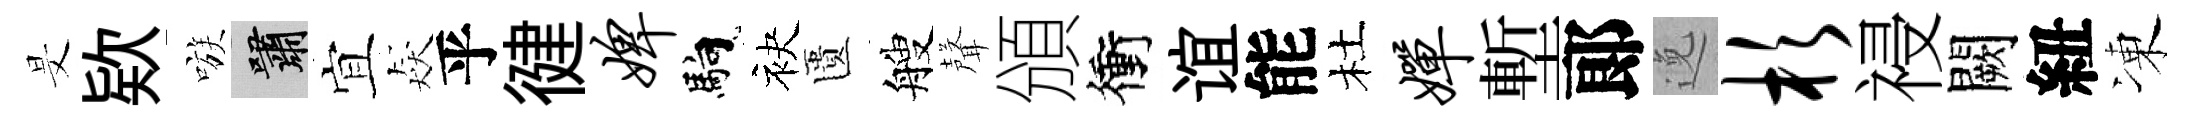
旻欵嗾嘯宜猋乎徤婢馿袂匱艘聲頒衝谊能杜婵塹郞𨓜杉祲闕紐凍